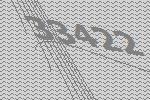
33422